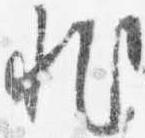
非